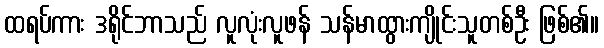
ထရပ်ကား ဒရိုင်ဘာသည် လူလုံးလူဖန် သန်မာထွားကျိုင်းသူတစ်ဦး ဖြစ်၏။